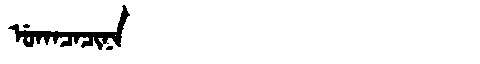
Manchu: ᡠᡴᠠᠴᠠᠴᡳᠨᠠ
Romanization: UKACACINA